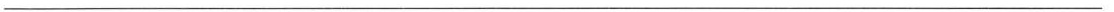
___